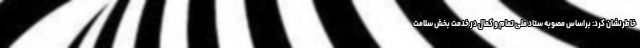
خاطرنشان کرد: براساس مصوبه ستاد ملی تمام و کمال در خدمت بخش سلامت